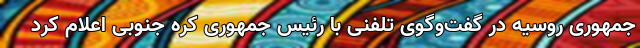
جمهوری روسیه در گفت‌وگوی تلفنی با رئیس جمهوری کره جنوبی اعلام کرد